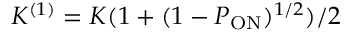
K ^ { ( 1 ) } = K ( 1 + ( 1 - P _ { \mathrm { O N } } ) ^ { 1 / 2 } ) / 2